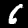
Label: 6